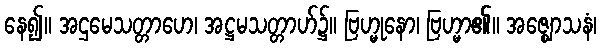
နေ၍။ အဌမေသတ္တာဟေ၊ အဋ္ဌမသတ္တာဟ်၌။ ဗြဟ္မုနော၊ ဗြဟ္မာ၏။ အဇ္ဈောသနံ၊